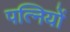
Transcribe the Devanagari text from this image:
पत्‍िनयों